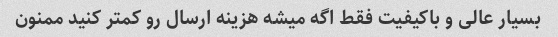
بسیار عالی و باکیفیت فقط اگه میشه هزینه ارسال رو کمتر کنید ممنون